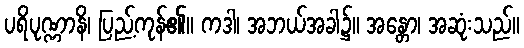
ပရိပုဏ္ဏာနိ၊ ပြည့်ကုန်၏။ ကဒါ၊ အဘယ်အခါ၌။ အန္တော၊ အဆုံးသည်။